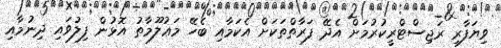
ވިޔަފާރި ރަޖިސްޓްރީކުރުމަށް އެދޭ ފަރާތްތަކަށް އެކަމާއި ބެހޭ މަޢުލޫމާތު އޮޅުން ފިލުވައި ދިނުމާއި